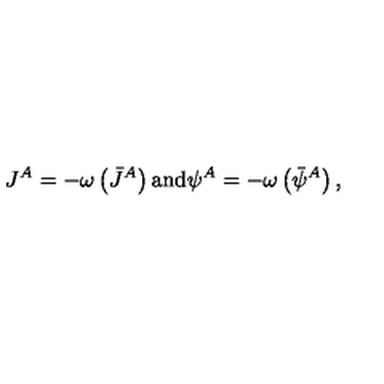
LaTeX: J ^ { A } = - \omega \left( \bar { J } ^ { A } \right) \mathrm { a n d } \psi ^ { A } = - \omega \left( \bar { \psi } ^ { A } \right) ,